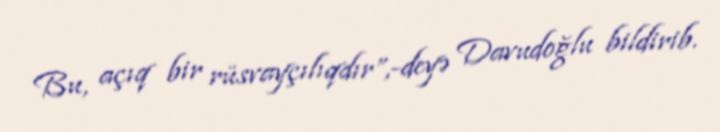
Bu, açıq bir rüsvayçılıqdır”,-deyə Davudoğlu bildirib.